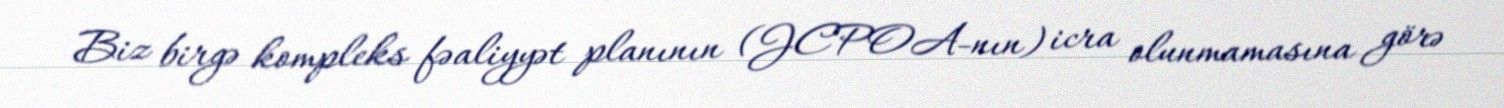
Biz birgə kompleks fəaliyyət planının (JCPOA-nın) icra olunmamasına görə